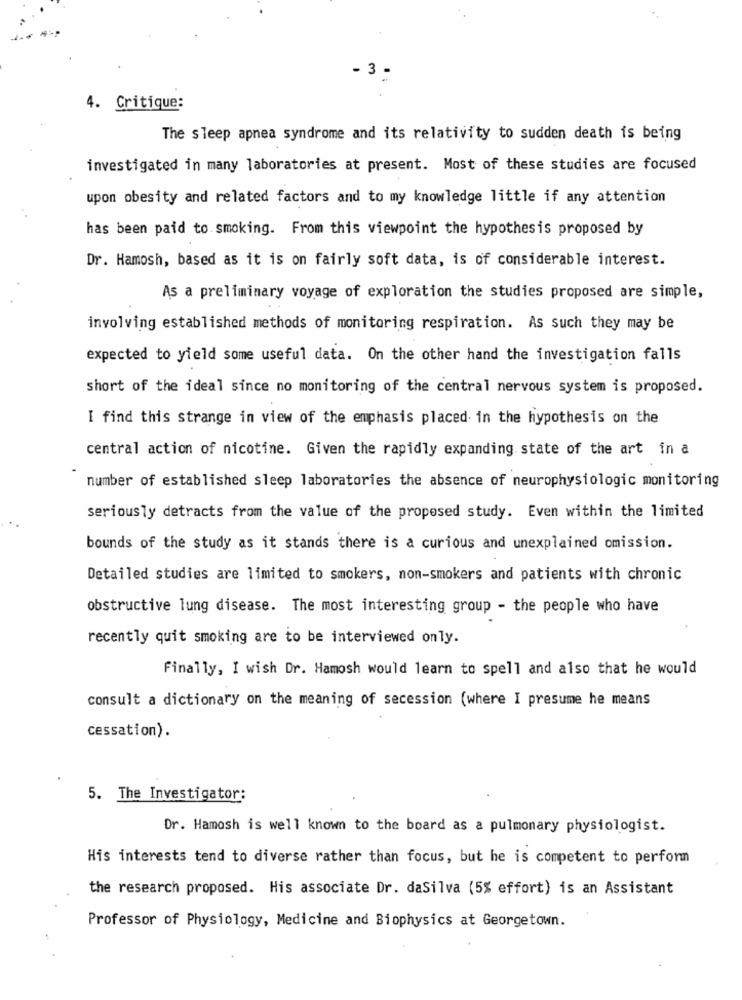
- 3 -
4. Critique:
The sleep apnea syndrome and its relativity to sudden death is being
investigated in many laboratories at present. Most of these studies are focused
upon obesity and related factors and to my knowledge little if any attention
has been paid to smoking. From this viewpoint the hypothesis proposed by
Dr. Hamosh, based as it is on fairly soft data, is of considerable interest.
As a preliminary voyage of exploration the studies proposed are simple,
involving established methods of monitoring respiration. As such they may be
expected to yield some useful data. On the other hand the investigation falls
short of the ideal since no monitoring of the central nervous system is proposed.
I find this strange in view of the emphasis placed in the hypothesis on the
central action of nicotine. Given the rapidly expanding state of the art in a
number of established sleep laboratories the absence of neurophysiologic monitoring
seriously detracts from the value of the proposed study. Even within the limited
bounds of the study as it stands there is a curious and unexplained omission.
Detailed studies are limited to smokers, non-smokers and patients with chronic
obstructive lung disease. The most interesting group - the people who have
recently quit smoking are to be interviewed only.
Finally, I wish Dr. Hamosh would learn to spell and also that he would
consult a dictionary on the meaning of secession (where I presume he means
cessation).
5. The Investigator:
Dr. Hamosh is well known to the board as a pulmonary physiologist.
His interests tend to diverse rather than focus, but he is competent to perform
the research proposed. His associate Dr. daSilva (5% effort) is an Assistant
Professor of Physiology, Medicine and Biophysics at Georgetown.